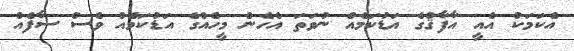
އެކަމަކު އެއީ އާފާޤްގެ އަޑުކަމެއް ނުވަތަ އެހެން މީހެއްގެ އަޑުކަމެއް ވެސް ސާފެއް